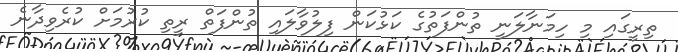
ތިރީގައި މި ހިމަނާލަނީ ތުންފަތުގެ ކަޅުކަން ފިލުވާލައި ތުންފަތް ރީތި ކުރުމަށް ކުރެވިދާނެ